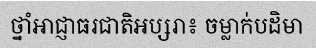
ថ្នាំអាជ្ញាធរជាតិអប្សរា៖ ចម្លាក់បដិមា